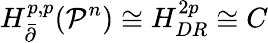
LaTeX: {H_{\bar{\partial}}^{p,p}}({{\mathcal P}^{n}})\cong{H_{DR}^{2p}}\cong C